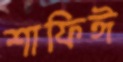
শাফিঈ